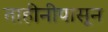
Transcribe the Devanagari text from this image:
ताहीनीपासून